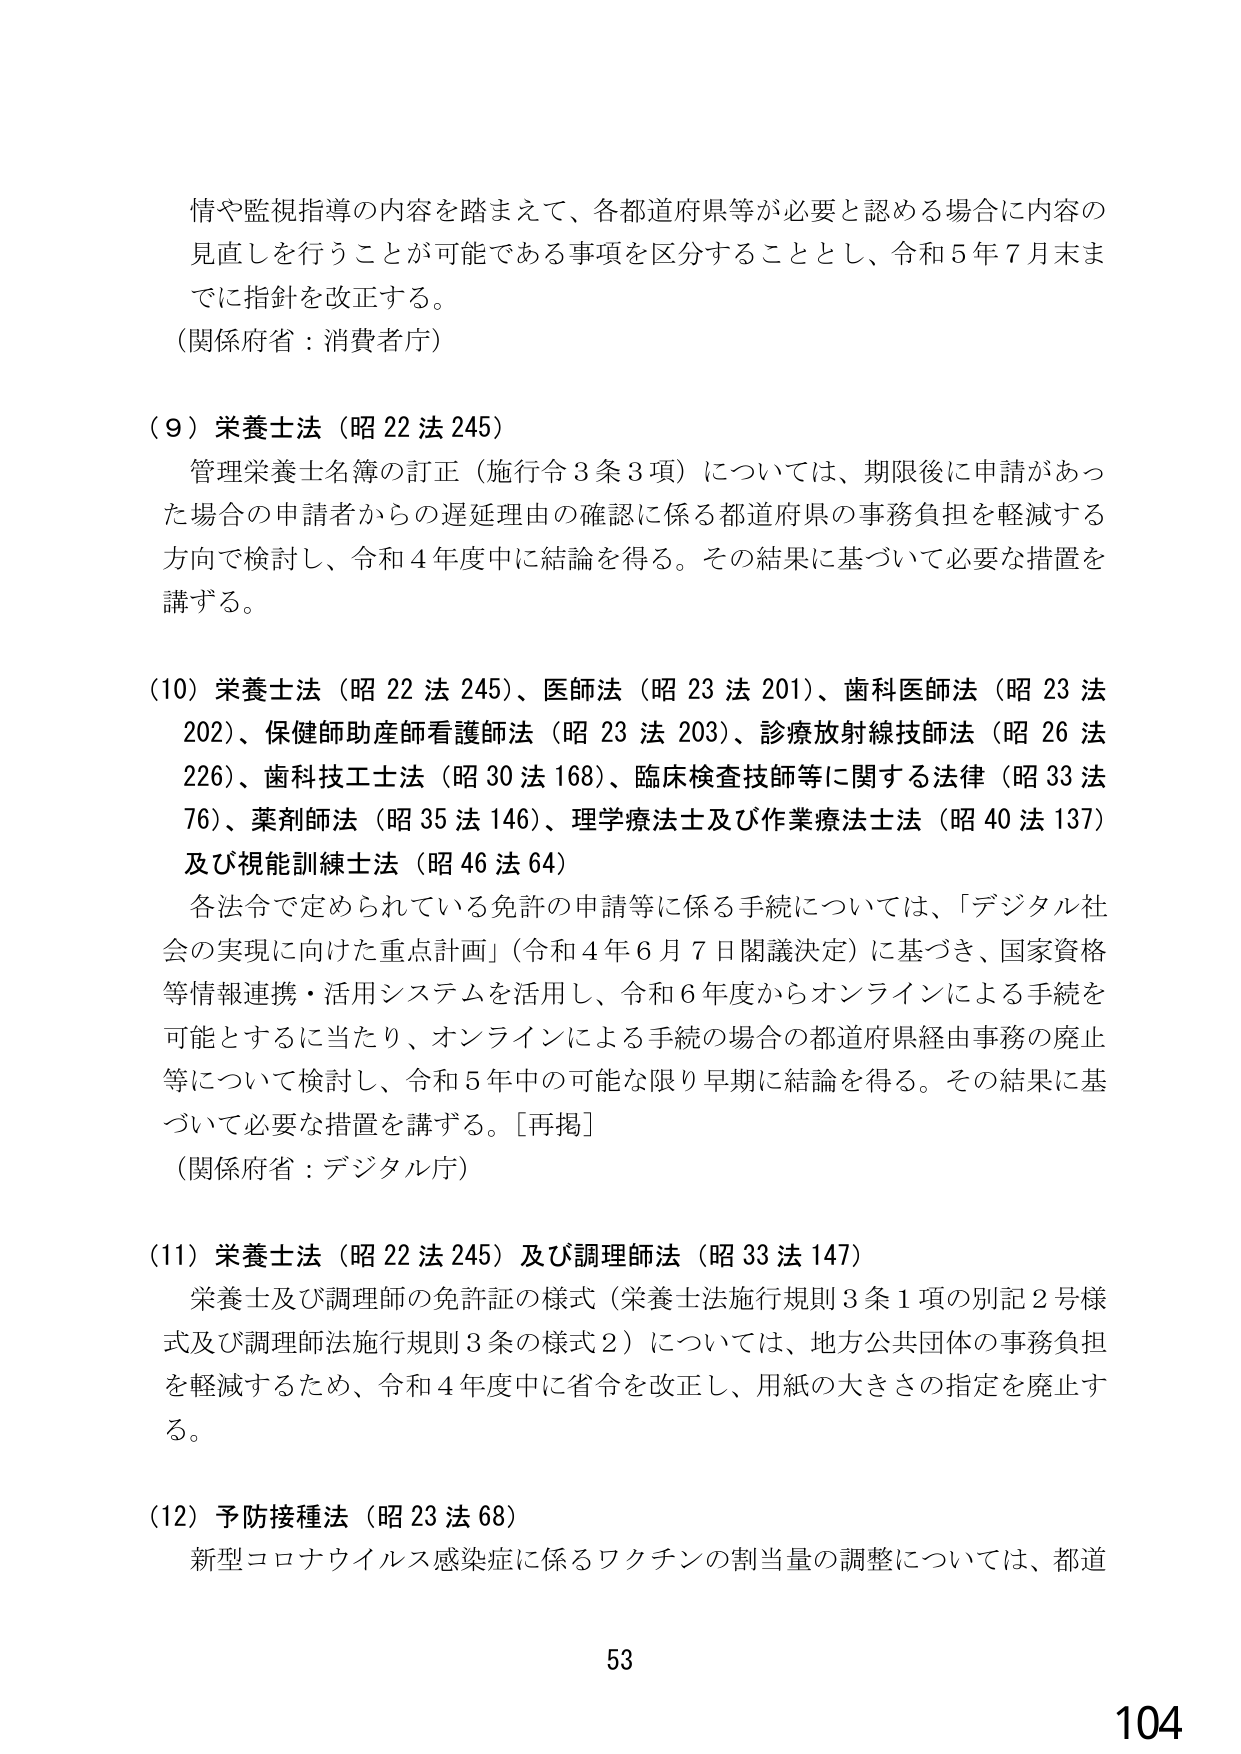
情や監視指導の内容を踏まえて、各都道府県等が必要と認める場合に内容の
見直しを行うことが可能である事項を区分することとし、令和５年７月末ま
でに指針を改正する。
（関係府省：消費者庁）

（９）栄養士法（昭２２法２４５）
　管理栄養士名簿の訂正（施行令３条３項）については、期限後に申請があっ
た場合の申請者からの遅延理由の確認に係る都道府県の事務負担を軽減する
方向で検討し、令和４年度中に結論を得る。その結果に基づいて必要な措置を
講ずる。

（10）栄養士法（昭２２法２４５）、医師法（昭２３法２０１）、歯科医師法（昭２３法
２０２）、保健師助産師看護師法（昭２３法２０３）、診療放射線技師法（昭２６法
２２６）、歯科技工士法（昭３０法１６８）、臨床検査技師等に関する法律（昭３３法
７６）、薬剤師法（昭３５法１４６）、理学療法士及び作業療法士法（昭４０法１３７）
及び視能訓練士法（昭４６法６４）
　各法令で定められている免許の申請等に係る手続については、「デジタル社
会の実現に向けた重点計画」（令和４年６月７日閣議決定）に基づき、国家資格
等情報連携・活用システムを活用し、令和６年度からオンラインによる手続を
可能とするに当たり、オンラインによる手続の場合の都道府県経由事務の廃止
等について検討し、令和５年中の可能な限り早期に結論を得る。その結果に基
づいて必要な措置を講ずる。［再掲］
（関係府省：デジタル庁）

（11）栄養士法（昭２２法２４５）及び調理師法（昭３３法１４７）
　栄養士及び調理師の免許証の様式（栄養士法施行規則３条１項の別記２号様
式及び調理師法施行規則３条の様式２）については、地方公共団体の事務負担
を軽減するため、令和４年度中に省令を改正し、用紙の大きさの指定を廃止す
る。

（12）予防接種法（昭２３法６８）
　新型コロナウイルス感染症に係るワクチンの割当量の調整については、都道

53
104